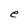
Character: e